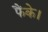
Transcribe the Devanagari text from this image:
फैंके।